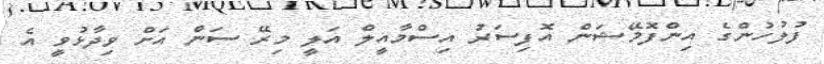
ފުލުހުންގެ އިންފޮމޭޝަން އޮފިސަރު އިސްމާއީލް އަލީ މިރޭ ސަން އަށް ވިދާޅުވީ އެ